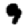
Digit: 9